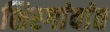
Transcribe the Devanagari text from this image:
शिरगांवांत